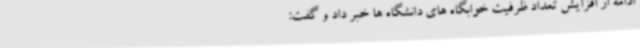
ادامه از افزایش تعداد ظرفیت خوابگاه های دانشگاه ها خبر داد و گفت: